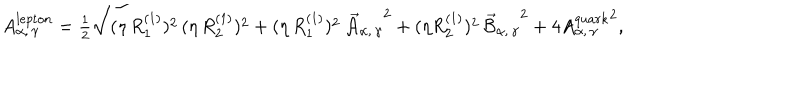
A _ { \alpha , \, \gamma } ^ { l e p t o n } = \textstyle { \frac { 1 } { 2 } } \sqrt { ( \eta \, { R _ { 1 } ^ { ( 1 ) } } ) ^ { 2 } \, ( \eta \, { R _ { 2 } ^ { ( 1 ) } } ) ^ { 2 } + ( \eta \, { R _ { 1 } ^ { ( 1 ) } } ) ^ { 2 } \, { \vec { \cal A } _ { \alpha , \, \gamma } } ^ { 2 } + ( \eta { R _ { 2 } ^ { ( 1 ) } } ) ^ { 2 } \, { \vec { \cal B } _ { \alpha , \, \gamma } } ^ { 2 } + 4 { A _ { \alpha , \, \gamma } ^ { q u a r k } } ^ { 2 } } ,